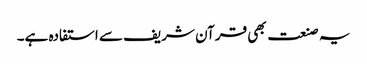
یہ صنعت بھی قرآن شریف سے استفادہ ہے۔